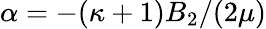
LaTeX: \alpha=-(\kappa+1)B_{2}/(2\mu)